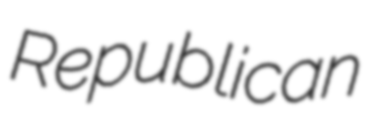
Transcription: Republican